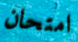
امتحان